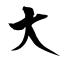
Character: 大